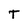
Character: T